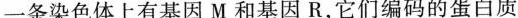
一条染色体上有基因M和基因R，它们编码的蛋白质